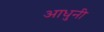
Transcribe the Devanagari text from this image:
आधुनी